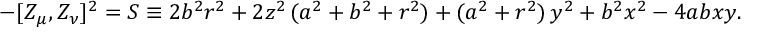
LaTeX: - [ Z _ { \mu } , Z _ { \nu } ] ^ { 2 } = { \cal S } \equiv 2 b ^ { 2 } r ^ { 2 } + 2 z ^ { 2 } \, ( a ^ { 2 } + b ^ { 2 } + r ^ { 2 } ) + ( a ^ { 2 } + r ^ { 2 } ) \, y ^ { 2 } + b ^ { 2 } x ^ { 2 } - 4 a b x y .